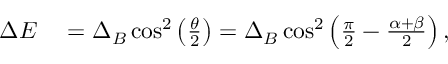
\begin{array} { r l } { \Delta E } & { { } = \Delta _ { B } \cos ^ { 2 } \left( \frac { \theta } { 2 } \right) = \Delta _ { B } \cos ^ { 2 } \left( \frac { \pi } { 2 } - \frac { \alpha + \beta } { 2 } \right) , } \end{array}